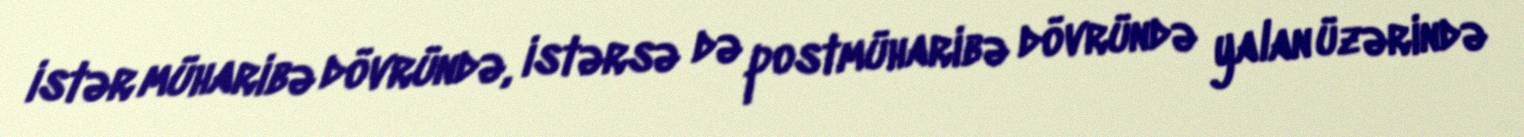
istər müharibə dövründə, istərsə də postmüharibə dövründə yalan üzərində